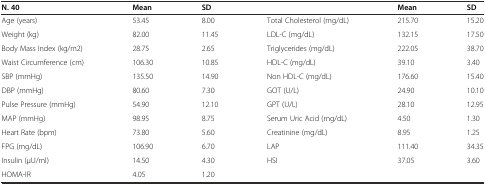
<table><thead><tr><td><b>N. 40</b></td><td><b>Mean</b></td><td><b>SD</b></td><td></td><td><b>Mean</b></td><td><b>SD</b></td></tr></thead><tbody><tr><td>Age (years)</td><td>53.45</td><td>8.00</td><td>Total Cholesterol (mg/dL)</td><td>215.70</td><td>15.20</td></tr><tr><td>Weight (kg)</td><td>82.00</td><td>11.45</td><td>LDL-C (mg/dL)</td><td>132.15</td><td>17.50</td></tr><tr><td>Body Mass Index (kg/m2)</td><td>28.75</td><td>2.65</td><td>Triglycerides (mg/dL)</td><td>222.05</td><td>38.70</td></tr><tr><td>Waist Circumference (cm)</td><td>106.30</td><td>10.85</td><td>HDL-C (mg/dL)</td><td>39.10</td><td>3.40</td></tr><tr><td>SBP (mmHg)</td><td>135.50</td><td>14.90</td><td>Non HDL-C (mg/dL)</td><td>176.60</td><td>15.40</td></tr><tr><td>DBP (mmHg)</td><td>80.60</td><td>7.30</td><td>GOT (U/L)</td><td>24.90</td><td>10.10</td></tr><tr><td>Pulse Pressure (mmHg)</td><td>54.90</td><td>12.10</td><td>GPT (U/L)</td><td>28.10</td><td>12.95</td></tr><tr><td>MAP (mmHg)</td><td>98.95</td><td>8.75</td><td>Serum Uric Acid (mg/dL)</td><td>4.50</td><td>1.30</td></tr><tr><td>Heart Rate (bpm)</td><td>73.80</td><td>5.60</td><td>Creatinine (mg/dL)</td><td>8.95</td><td>1.25</td></tr><tr><td>FPG (mg/dL)</td><td>106.90</td><td>6.70</td><td>LAP</td><td>111.40</td><td>34.35</td></tr><tr><td>Insulin (μU/ml)</td><td>14.50</td><td>4.30</td><td>HSI</td><td>37.05</td><td>3.60</td></tr><tr><td>HOMA-IR</td><td>4.05</td><td>1.20</td><td></td><td></td><td></td></tr></tbody></table>